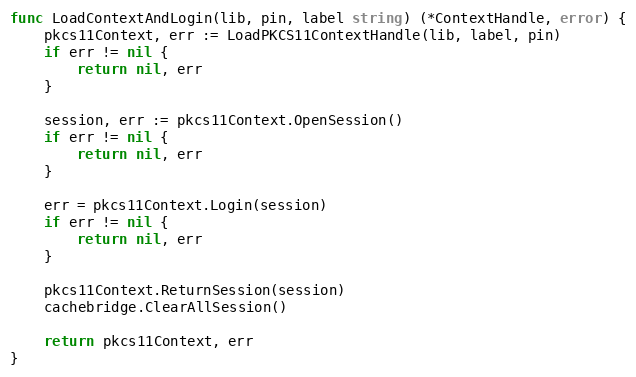
Language: Go
func LoadContextAndLogin(lib, pin, label string) (*ContextHandle, error) {
	pkcs11Context, err := LoadPKCS11ContextHandle(lib, label, pin)
	if err != nil {
		return nil, err
	}

	session, err := pkcs11Context.OpenSession()
	if err != nil {
		return nil, err
	}

	err = pkcs11Context.Login(session)
	if err != nil {
		return nil, err
	}

	pkcs11Context.ReturnSession(session)
	cachebridge.ClearAllSession()

	return pkcs11Context, err
}